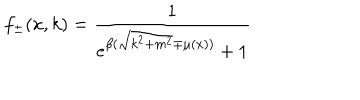
f _ { \pm } ( x , k ) = { \frac { 1 } { e ^ { \beta ( \sqrt { k ^ { 2 } + m ^ { 2 } } \mp \mu ( x ) ) } + 1 } }